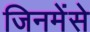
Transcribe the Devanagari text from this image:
जिनमेंसे